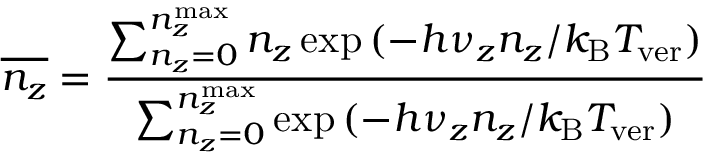
\overline { { n _ { z } } } = \frac { \sum _ { n _ { z } = 0 } ^ { n _ { z } ^ { \mathrm { m a x } } } n _ { z } \exp { ( - h \nu _ { z } n _ { z } / k _ { \mathrm { B } } T _ { \mathrm { v e r } } ) } } { \sum _ { n _ { z } = 0 } ^ { n _ { z } ^ { \mathrm { m a x } } } \exp { ( - h \nu _ { z } n _ { z } / k _ { \mathrm { B } } T _ { \mathrm { v e r } } ) } }